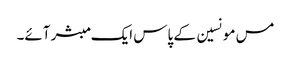
مس مونسین کے پاس ایک مبشر آئے۔